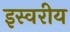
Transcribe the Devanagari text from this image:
इस्वरीय